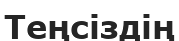
Теңсіздің